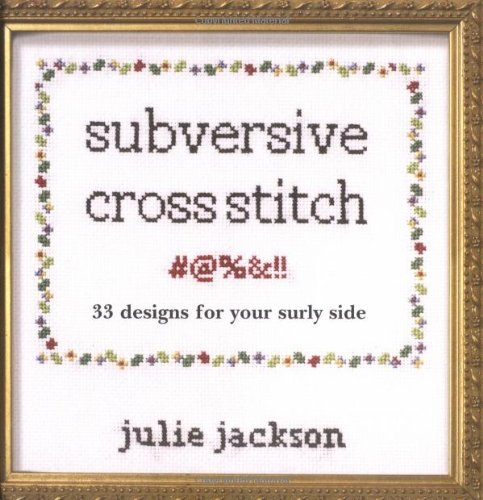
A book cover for Subversive Cross Stitch; Julie Jackson; Crafts, Hobbies & Home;